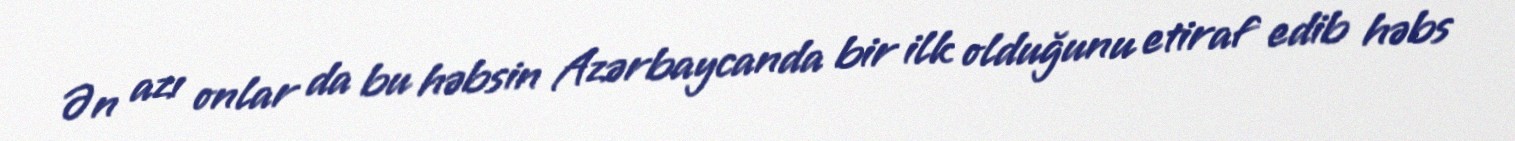
Ən azı onlar da bu həbsin Azərbaycanda bir ilk olduğunu etiraf edib həbs